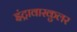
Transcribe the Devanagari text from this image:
इंट्रावास्कुलर